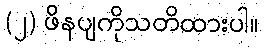
(၂) ဖိနပျကိုသတိထားပါ။